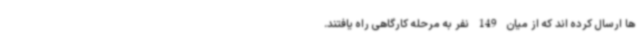
ها ارسال کرده اند که از میان 149 نفر به مرحله کارگاهی راه یافتند.